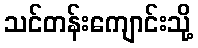
သင်တန်းကျောင်းသို့